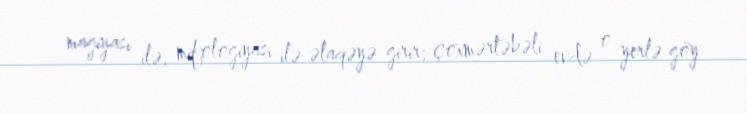
magiyası ilə, mifologiyası ilə əlaqəyə girir; çoxmərtəbəli evdə o yerlə göy